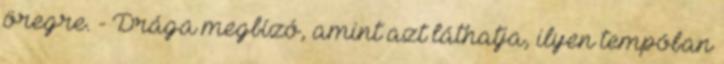
öregre. - Drága megbízó, amint azt láthatja, ilyen tempóban